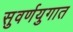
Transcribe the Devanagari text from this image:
सुवर्णयुगात